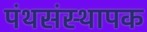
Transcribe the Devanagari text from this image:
पंथसंस्थापक